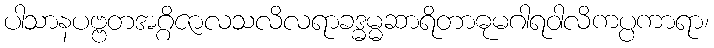
ပါသာနပဗ္ဗတအဂ္ဂိဇာလသလိလရာခဒ္ဓမ္မဆာရိတာဓုမဂါရဝါလိကပ္ပကာရာ၊